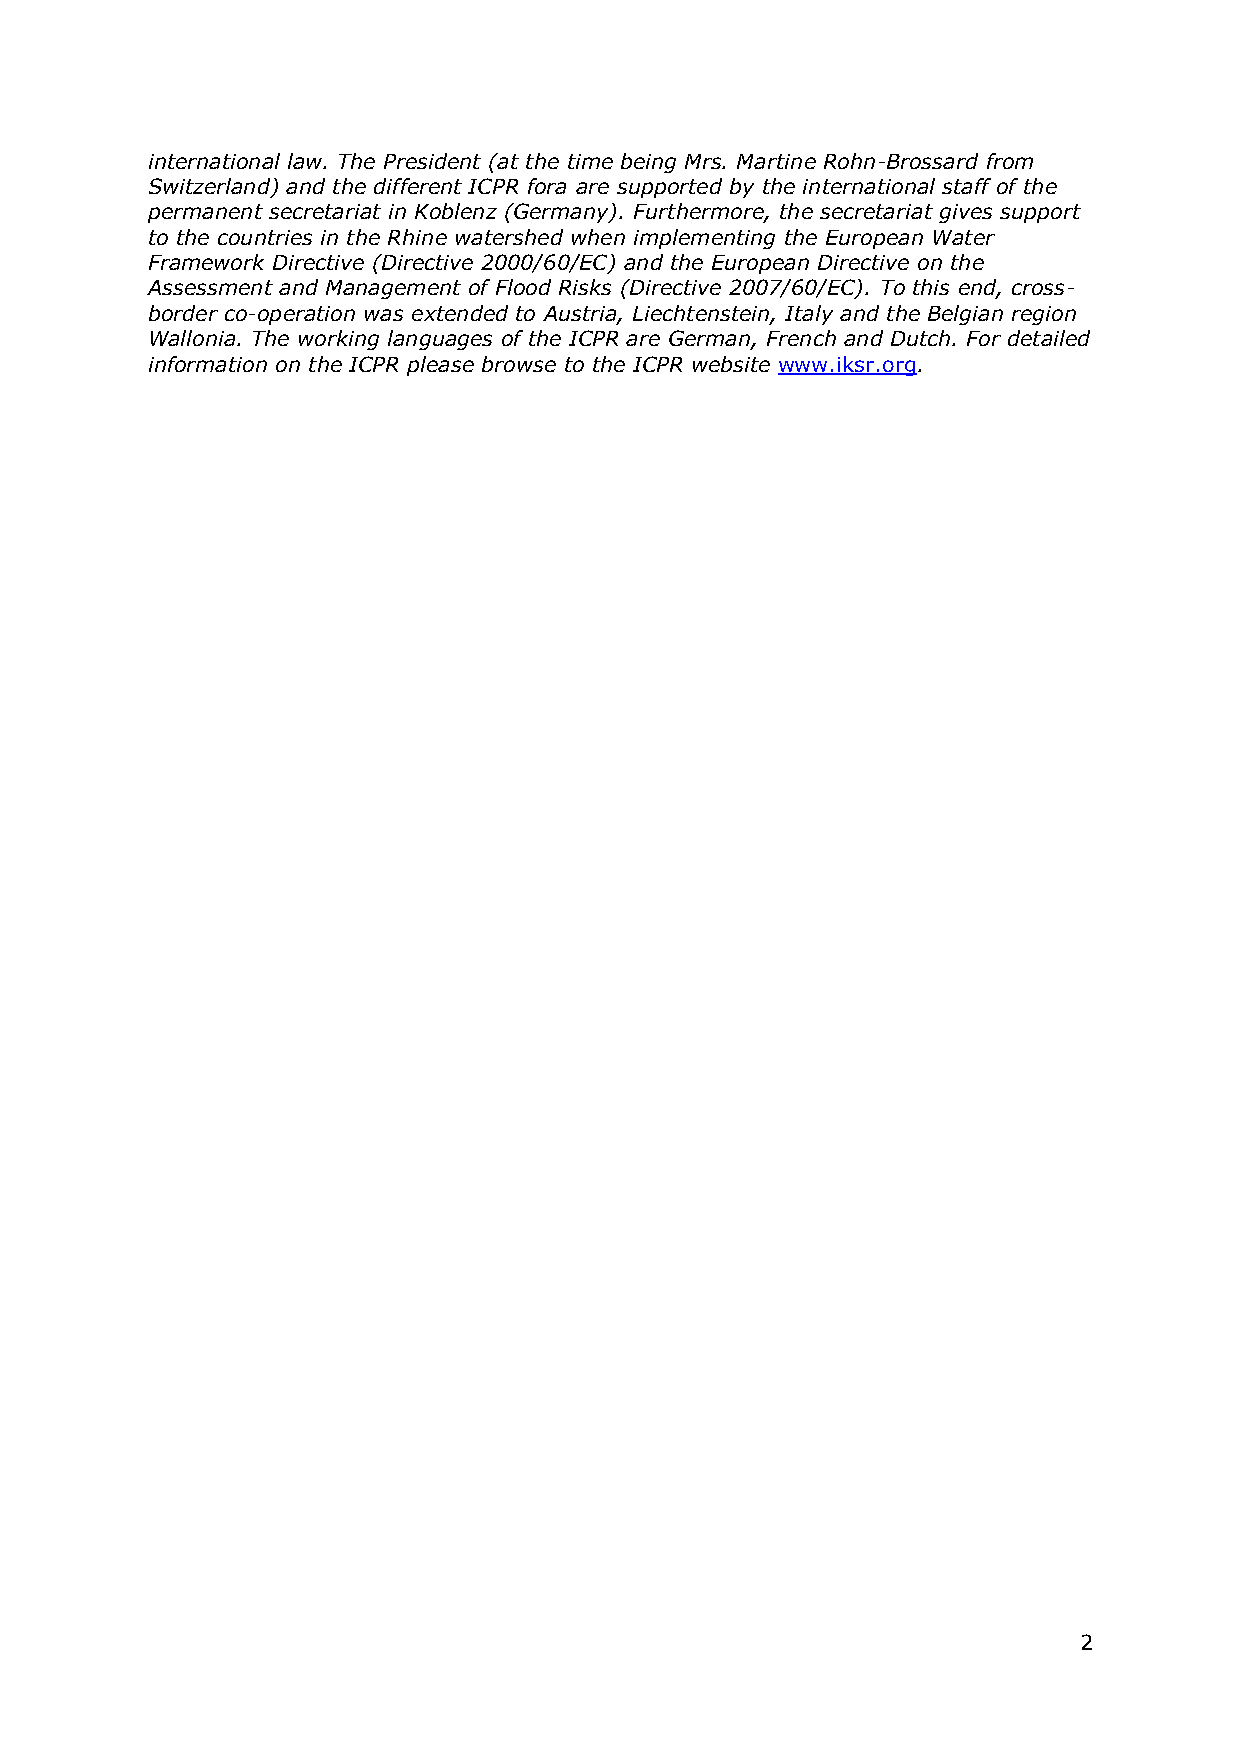
international law. The President (at the time being Mrs. Martine Rohn-Brossard from
 Switzerland) and the different ICPR fora are supported by the international staff of the
 permanent secretariat in Koblenz (Germany). Furthermore, the secretariat gives support
 to the countries in the Rhine watershed when implementing the European Water
 Framework Directive (Directive 2000/60/EC) and the European Directive on the
 Assessment and Management of Flood Risks (Directive 2007/60/EC). To this end, cross-
 border co-operation was extended to Austria, Liechtenstein, Italy and the Belgian region
 Wallonia. The working languages of the ICPR are German, French and Dutch. For detailed
 information on the ICPR please browse to the ICPR website www.iksr.org.
 2